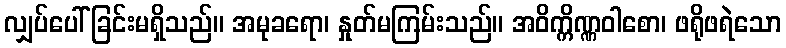
လျှပ်ပေါ်ခြင်းမရှိသည်။ အမုခရော၊ နှုတ်မကြမ်းသည်။ အဝိက္ကိဏ္ဏဝါစော၊ ဖရိုဖရဲသော